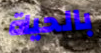
بالحياة